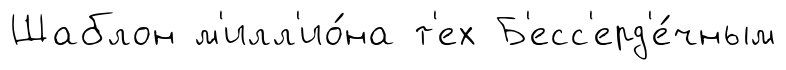
Шаблон м'илл'ио́на т'ех Б'есс'ерд'е́чным